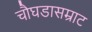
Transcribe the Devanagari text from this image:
चौघडासम्राट